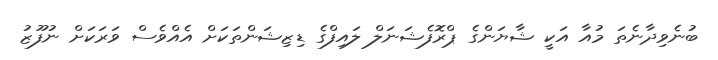
ބުނެވިދާނެތަ މުއާ އަކީ ޝާޔަންގެ ޕްރޮފެޝަނަލް ލައިފްގެ ޑިޒިޝަންތަކަށް އެއްވެސް ވަރަކަށް ނުފޫޒު